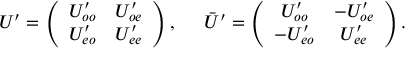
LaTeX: U ^ { \prime } = \left( \begin{array} { c c } { { U _ { o o } ^ { \prime } } } & { { U _ { o e } ^ { \prime } } } \\ { { U _ { e o } ^ { \prime } } } & { { U _ { e e } ^ { \prime } } } \end{array} \right) , \; \; \; \; \; \bar { U } ^ { \prime } = \left( \begin{array} { c c } { { U _ { o o } ^ { \prime } } } & { { - U _ { o e } ^ { \prime } } } \\ { { - U _ { e o } ^ { \prime } } } & { { U _ { e e } ^ { \prime } } } \end{array} \right) .